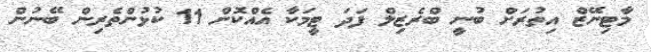
މާޓިނޭޒް އިތުރަށް ބުނީ ބްރެޒިލް ފަދަ ޓީމަކާ އެއްކޮށް 11 ކުޅުންތެރިން ބޭނުން